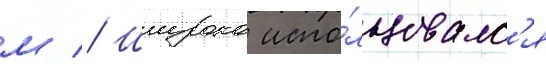
м // Широко испо́льзовалс'я